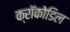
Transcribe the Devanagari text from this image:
क्रॉकोडिल